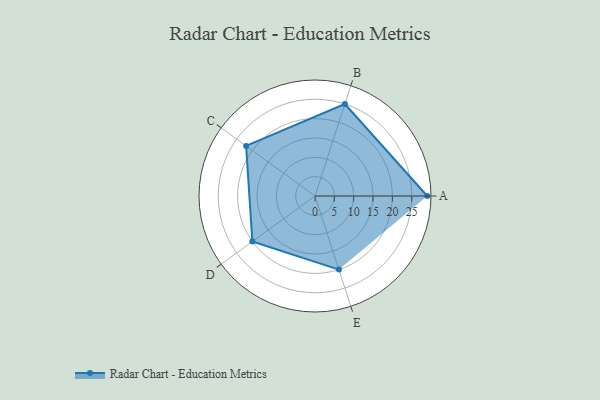
{"axis": {"x": "Skill", "y": "Score"}, "legend": ["Profile"], "data": [{"x": "A", "y": 29.0, "type": "Profile"}, {"x": "B", "y": 25.0, "type": "Profile"}, {"x": "C", "y": 22.0, "type": "Profile"}, {"x": "D", "y": 20, "type": "Profile"}, {"x": "E", "y": 20, "type": "Profile"}]}